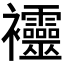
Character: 𧟙